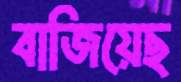
বাজিয়েছ